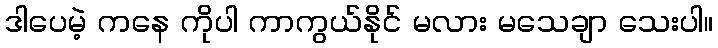
ဒါပေမဲ့ ကနေ ကိုပါ ကာကွယ်နိုင် မလား မသေချာ သေးပါ။